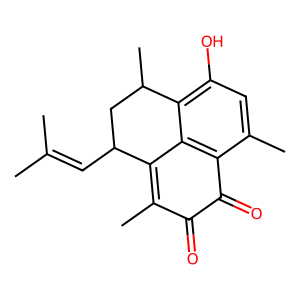
SMILES: CC(C)=CC1CC(C)c2c(O)cc(C)c3c2C1=C(C)C(=O)C3=O
Inhibits HIV replication: No